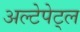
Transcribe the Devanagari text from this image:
अल्टेपेट्ल